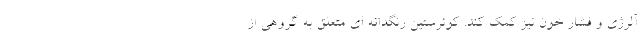
آلرژی و فشار خون نیز کمک کند. کوئرستین رنگدانه ای متعلق به گروهی از